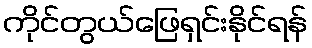
ကိုင်တွယ်ဖြေရှင်းနိုင်ရန်